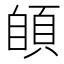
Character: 䫁